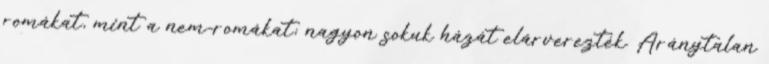
romákat, mint a nem-romákat; nagyon sokuk házát elárverezték. Aránytalan